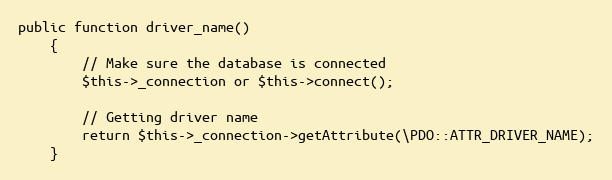
Language: PHP
public function driver_name()
	{
		// Make sure the database is connected
		$this->_connection or $this->connect();

		// Getting driver name
		return $this->_connection->getAttribute(\PDO::ATTR_DRIVER_NAME);
	}